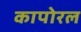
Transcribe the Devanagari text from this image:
कापोरल